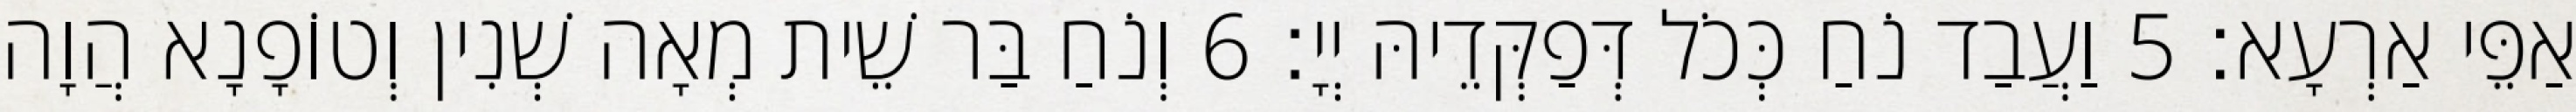
אַפֵּי אַרְעָא׃ 5 וַעֲבַד נֹחַ כְּכֹל דְּפַקְּדֵיהּ יְיָ׃ 6 וְנֹחַ בַּר שֵׁית מְאָה שְׁנִין וְטוֹפָנָא הֲוָה